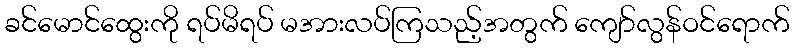
ခင်မောင်ထွေးကို ရပ်မိရပ် မအားလပ်ကြသည့်အတွက် ကျော်လွန်ဝင်ရောက်